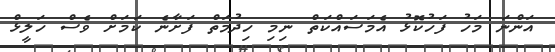
އަންނަ މަހު ފަހުކޮޅު އެމަސައްކަތް ނިމި ހިދުމަތް ފަށާނެ ކަމަށް ވެސް ހަލީޅް